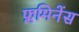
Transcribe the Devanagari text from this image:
फ्लमिनेंस